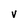
Character: V